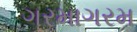
ગરમાગરમ